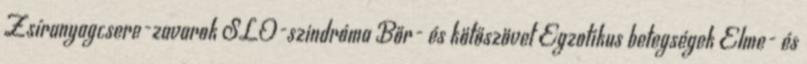
Zsíranyagcsere-zavarok SLO-szindróma Bőr- és kötőszövet Egzotikus betegségek Elme- és